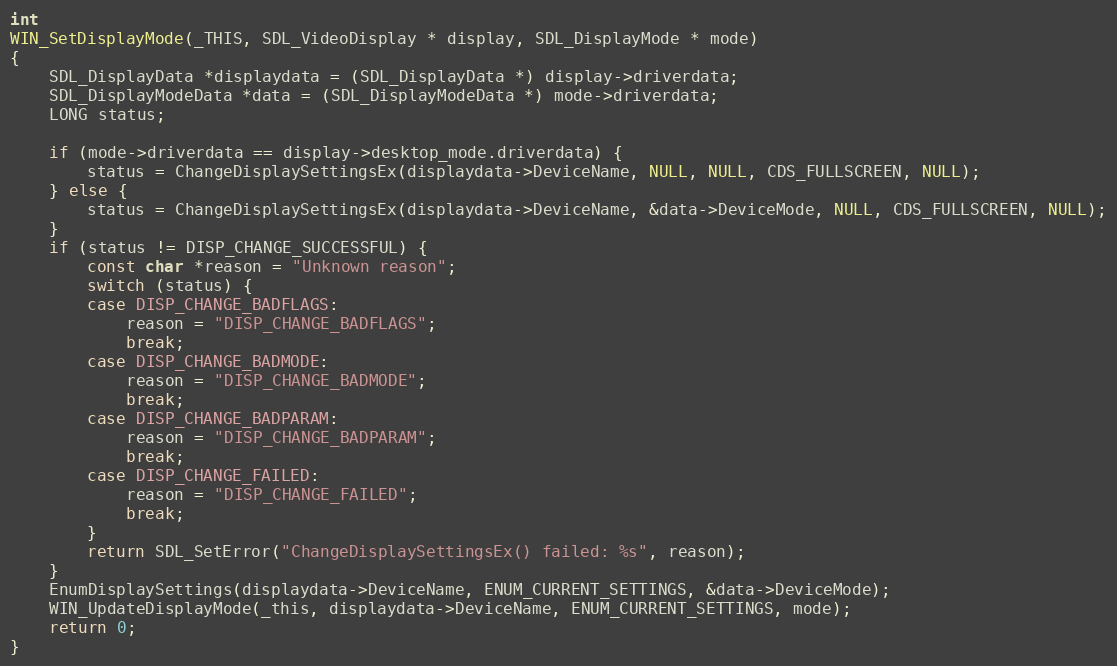
Language: C
int
WIN_SetDisplayMode(_THIS, SDL_VideoDisplay * display, SDL_DisplayMode * mode)
{
    SDL_DisplayData *displaydata = (SDL_DisplayData *) display->driverdata;
    SDL_DisplayModeData *data = (SDL_DisplayModeData *) mode->driverdata;
    LONG status;

    if (mode->driverdata == display->desktop_mode.driverdata) {
        status = ChangeDisplaySettingsEx(displaydata->DeviceName, NULL, NULL, CDS_FULLSCREEN, NULL);
    } else {
        status = ChangeDisplaySettingsEx(displaydata->DeviceName, &data->DeviceMode, NULL, CDS_FULLSCREEN, NULL);
    }
    if (status != DISP_CHANGE_SUCCESSFUL) {
        const char *reason = "Unknown reason";
        switch (status) {
        case DISP_CHANGE_BADFLAGS:
            reason = "DISP_CHANGE_BADFLAGS";
            break;
        case DISP_CHANGE_BADMODE:
            reason = "DISP_CHANGE_BADMODE";
            break;
        case DISP_CHANGE_BADPARAM:
            reason = "DISP_CHANGE_BADPARAM";
            break;
        case DISP_CHANGE_FAILED:
            reason = "DISP_CHANGE_FAILED";
            break;
        }
        return SDL_SetError("ChangeDisplaySettingsEx() failed: %s", reason);
    }
    EnumDisplaySettings(displaydata->DeviceName, ENUM_CURRENT_SETTINGS, &data->DeviceMode);
    WIN_UpdateDisplayMode(_this, displaydata->DeviceName, ENUM_CURRENT_SETTINGS, mode);
    return 0;
}